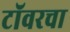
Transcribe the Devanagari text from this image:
टॉवरचा